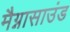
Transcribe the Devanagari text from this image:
मैग्नासाउंड